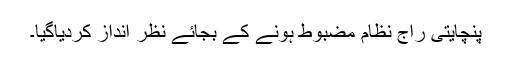
پنچایتی راج نظام مضبوط ہونے کے بجائے نظر انداز کردیاگیا۔